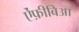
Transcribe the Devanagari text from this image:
ऐंफ़ीबिआ